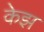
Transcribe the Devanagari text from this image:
केझ